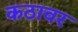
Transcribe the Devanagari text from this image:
कठावर